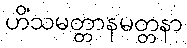
ဟိံသမတ္တာနမတ္တနာ